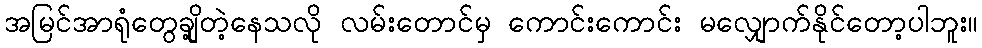
အမြင်အာရုံတွေချို့တဲ့နေသလို လမ်းတောင်မှ ကောင်းကောင်း မလျှောက်နိုင်တော့ပါဘူး။